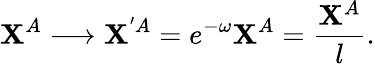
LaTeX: \mathbf{X}^{A}\longrightarrow\mathbf{X}^{'{A}}=e^{-\omega}\mathbf{X}^{A}=\frac{{\mathbf{X}^{A}}}{{l}}.